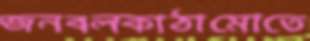
জনবলকাঠামোতে